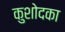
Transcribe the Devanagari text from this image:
कुशोदका